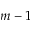
m - 1